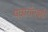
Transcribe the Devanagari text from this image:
पवारांएवढी